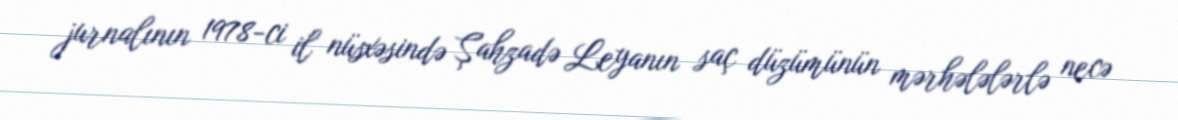
jurnalının 1978-ci il nüsxəsində Şahzadə Leyanın saç düzümünün mərhələlərlə necə